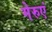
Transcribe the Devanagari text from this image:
गेरुएं